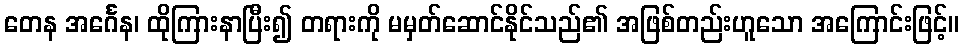
တေန အင်္ဂေန၊ ထိုကြားနာပြီး၍ တရားကို မမှတ်ဆောင်နိုင်သည်၏ အဖြစ်တည်းဟူသော အကြောင်းဖြင့်။